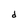
Character: d